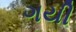
ગયી